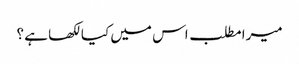
میرا مطلب اس میں کیا لکھا ہے ؟